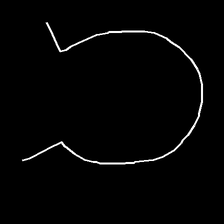
Glyph: weave